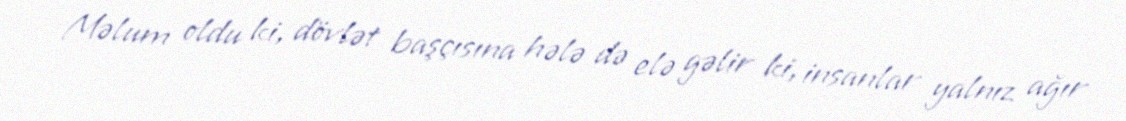
Məlum oldu ki, dövlət başçısına hələ də elə gəlir ki, insanlar yalnız ağır